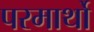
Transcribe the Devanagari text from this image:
परमार्थो